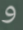
و